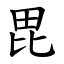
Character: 毘